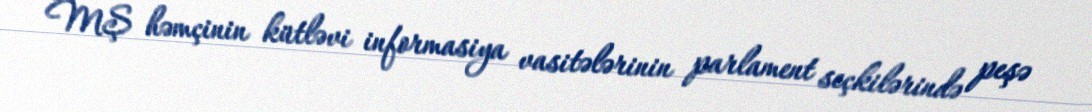
MŞ həmçinin kütləvi informasiya vasitələrinin parlament seçkilərində peşə